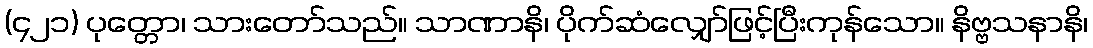
(၄၂၁) ပုတ္တော၊ သားတော်သည်။ သာဏာနိ၊ ပိုက်ဆံလျှော်ဖြင့်ပြီးကုန်သော။ နိဗ္ဗသနာနိ၊